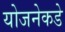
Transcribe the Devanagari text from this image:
योजनेकडे